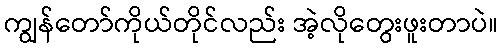
ကျွန်တော်ကိုယ်တိုင်လည်း အဲ့လိုတွေးဖူးတာပဲ။